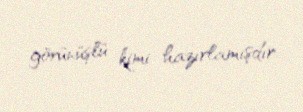
görünüşlü kimi hazırlamışdır.